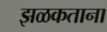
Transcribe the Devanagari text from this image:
झळकताना